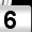
Digit: 6